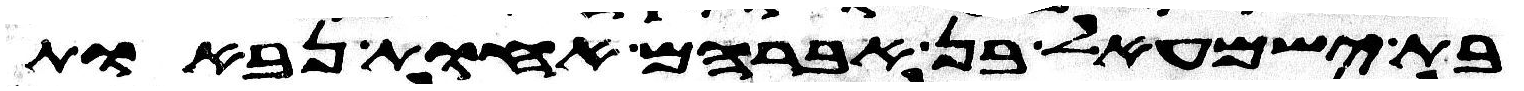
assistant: בת ישמעאל בן אברהם אחות נבאות